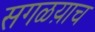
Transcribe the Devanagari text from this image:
सगळय़ाच